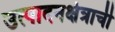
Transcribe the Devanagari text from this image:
उत्पादनक्षेत्राची